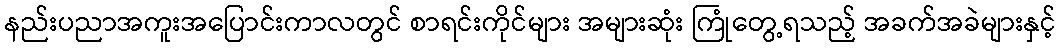
နည်းပညာအကူးအပြောင်းကာလတွင် စာရင်းကိုင်များ အများဆုံး ကြုံတွေ့ရသည့် အခက်အခဲများနှင့်